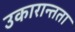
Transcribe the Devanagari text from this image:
उकारान्तता